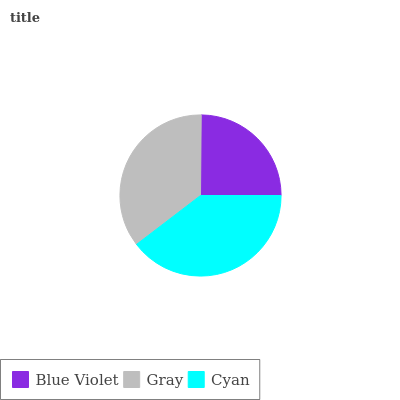
| Blue Violet | Gray | Cyan |
 | --- | --- | --- |
 | 24.8% | 35.5% | 39.6% |